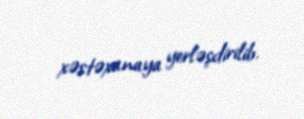
xəstəxanaya yerləşdirilib.